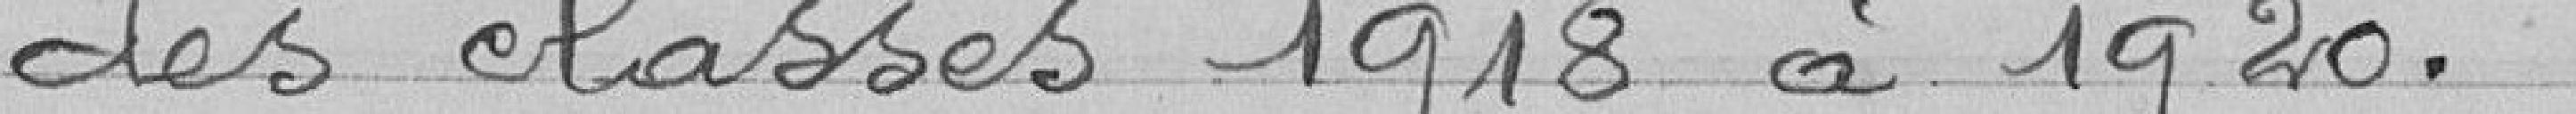
des classes 1918 à 1920.